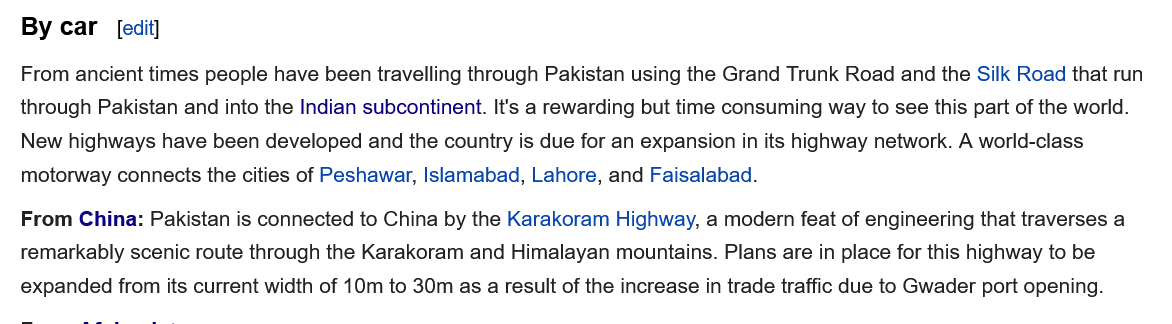
By car  edit]
   From ancient times people have been travelling through Pakistan using the Grand Trunk Road and the Silk Road that run
  through Pakistan and into the Indian subcontinent. It's a rewarding but time consuming way to see this part of the world.
   New highways have been developed and the country is due for an expansion in its highway network. A world-class
   motorway connects the cities of Peshawar, Islamabad, Lahore, and Faisalabad.
   From China: Pakistan is connected to China by the Karakoram Highway, a modern feat of engineering that traverses a
   remarkably scenic route through the Karakoram and Himalayan mountains. Plans are in place for this highway to be
  expanded from its current width of 10m to 30m as a result of the increase in trade traffic due to Gwader port opening.